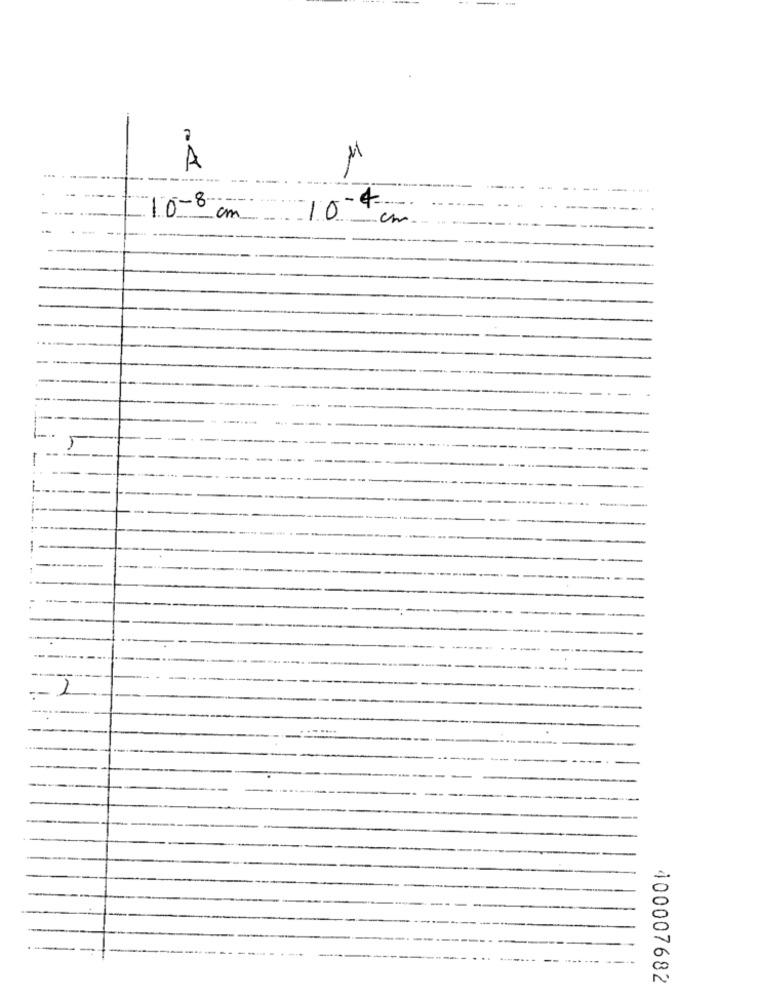
M
A
----.
-
- - - - -
10-8
4
cm
10
cm
---
5
----
1
--.
2
400007682